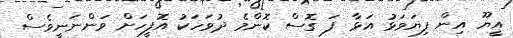
އީޔޫ އިން ފިޔަވަޅު އަޅާ ފަ ގޮސް ކޮންމެ ދުވަހަކު އޮފީހަށް ވަންނަނީވެސް